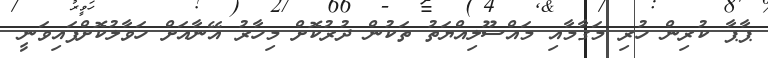
ޕާޕާ ކުރިން ހުރި މަގާމާއި މައްސޫލިއްޔަތު ތަކުން ދުރުކޮށް މިހާރު އޭނާއަށް ހަވާލުކޮށްފައިވަނީ